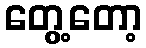
တွေ့တော့